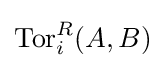
\operatorname {Tor} _{i}^{R}(A,B)